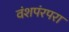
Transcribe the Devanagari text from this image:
वंशपंरपरा